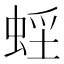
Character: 𧋭